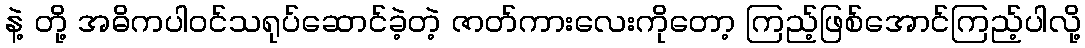
နဲ့ တို့ အဓိကပါဝင်သရုပ်ဆောင်ခဲ့တဲ့ ဇာတ်ကားလေးကိုတော့ ကြည့်ဖြစ်အောင်ကြည့်ပါလို့